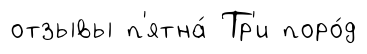
отзывы п'ятна́ Тр'и поро́д